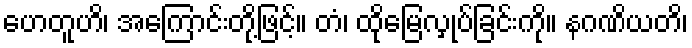
ဟေတူဟိ၊ အကြောင်းတို့ဖြင့်။ တံ၊ ထိုမြေလှုပ်ခြင်းကို။ နဂဏိယတိ၊